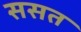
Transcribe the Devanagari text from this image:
ससत